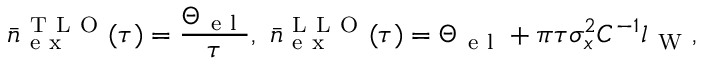
\bar { n } _ { \mathrm { ~ e ~ x ~ } } ^ { \mathrm { ~ T ~ L ~ O ~ } } ( \tau ) = \frac { \Theta _ { \mathrm { ~ e ~ l ~ } } } { \tau } , ~ \bar { n } _ { \mathrm { ~ e ~ x ~ } } ^ { \mathrm { ~ L ~ L ~ O ~ } } ( \tau ) = \Theta _ { \mathrm { ~ e ~ l ~ } } + \pi \tau \sigma _ { x } ^ { 2 } C ^ { - 1 } l _ { \mathrm { ~ W ~ } } ,